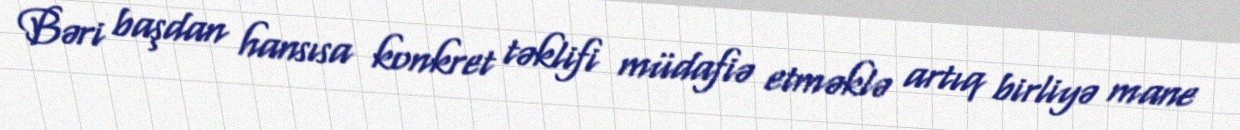
Bəri başdan hansısa konkret təklifi müdafiə etməklə artıq birliyə mane